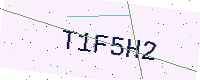
Text: T1F5H2